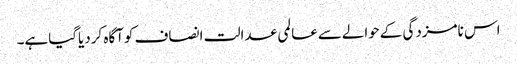
اس نامزدگی کےحوالےسےعالمی عدالت انصاف کوآگاہ کردیاگیاہے۔